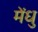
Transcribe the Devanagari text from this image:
मेंधु